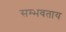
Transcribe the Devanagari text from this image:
सम्भवताय